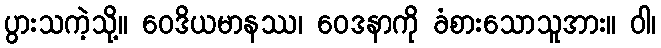
ပွားသကဲ့သို့။ ဝေဒိယမာနဿ၊ ဝေဒနာကို ခံစားသောသူအား။ ဝါ၊